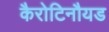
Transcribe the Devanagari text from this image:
कैरोटिनौयड